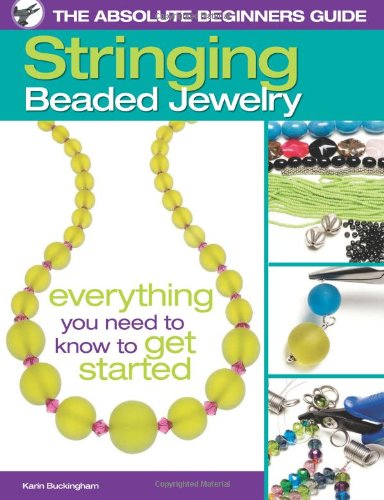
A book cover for The Absolute Beginners Guide: Stringing Beaded Jewelry; Karin Buckingham; Crafts, Hobbies & Home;